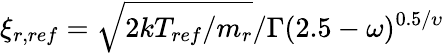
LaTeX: \xi_{r,ref}=\sqrt{2kT_{ref}/m_{r}}/\Gamma(2.5-\omega)^{0.5/\upsilon}